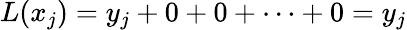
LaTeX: L(x_{j})=y_{j}+0+0+\dots+0=y_{j}